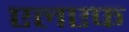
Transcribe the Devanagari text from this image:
एलएफ